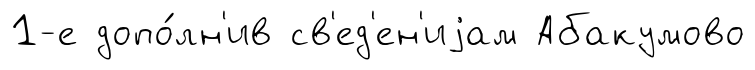
1-е допо́лн'ив св'ед'ен'иjам Абакумово